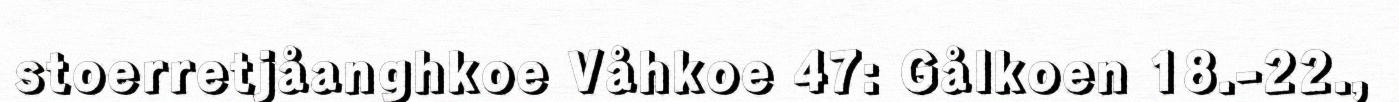
stoerretjåanghkoe Våhkoe 47: Gålkoen 18.-22.,